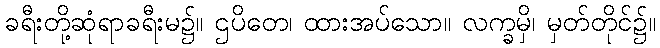
ခရီးတို့ဆုံရာခရီးမ၌။ ဌပိတေ၊ ထားအပ်သော။ လက္ခမှိ၊ မှတ်တိုင်၌။